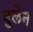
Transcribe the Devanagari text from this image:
बुलेन